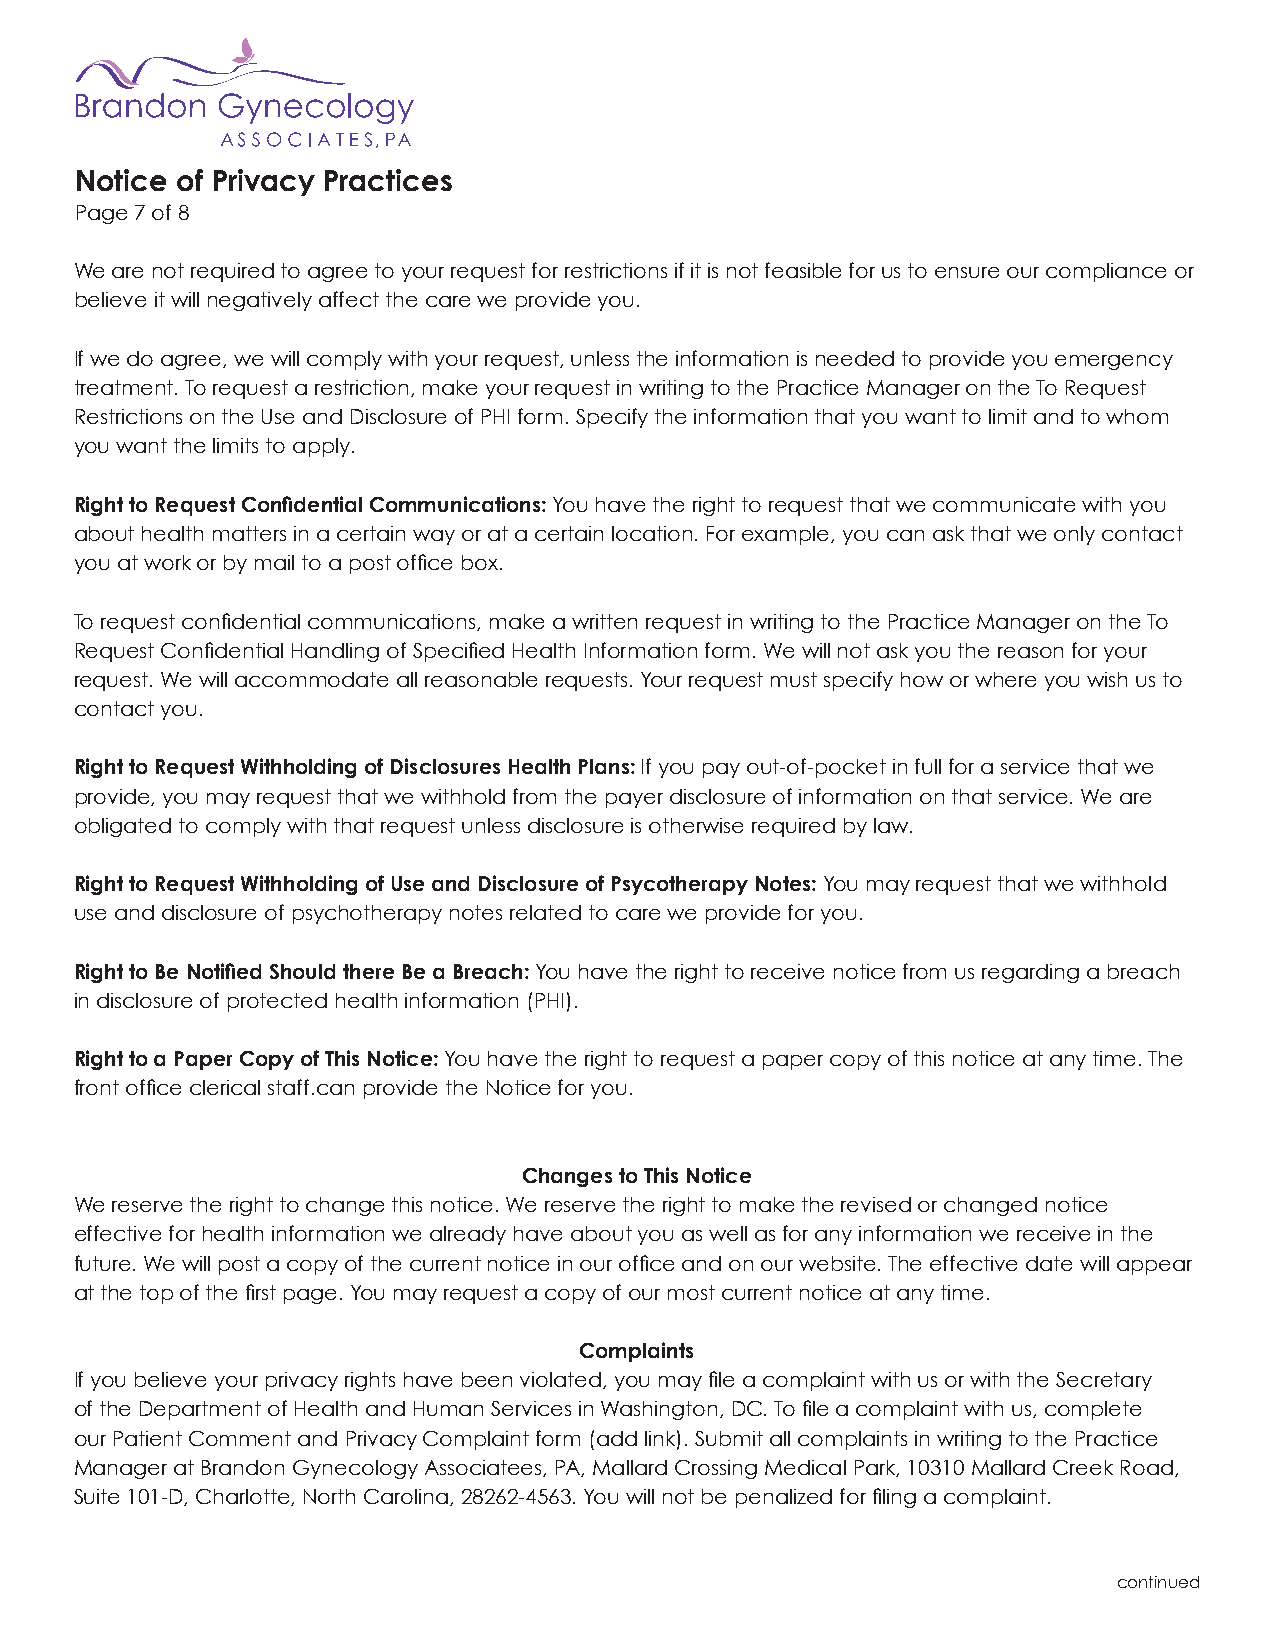
Notice of Privacy Practices
 Page 7 of 8
 We are not required to agree to your request for restrictions if it is not feasible for us to ensure our compliance or
 believe it will negatively affect the care we provide you.
 If we do agree, we will comply with your request, unless the information is needed to provide you emergency
 treatment. To request a restriction, make your request in writing to the Practice Manager on the To Request
 Restrictions on the Use and Disclosure of PHI form. Specify the information that you want to limit and to whom
 you want the limits to apply.
 Right to Request Confidential Communications: You have the right to request that we communicate with you
 about health matters in a certain way or at a certain location. For example, you can ask that we only contact
 you at work or by mail to a post office box.
 To request confidential communications, make a written request in writing to the Practice Manager on the To
 Request Confidential Handling of Specified Health Information form. We will not ask you the reason for your
 request. We will accommodate all reasonable requests. Your request must specify how or where you wish us to
 contact you.
 Right to Request Withholding of Disclosures Health Plans: If you pay out-of-pocket in full for a service that we
 provide, you may request that we withhold from the payer disclosure of information on that service. We are
 obligated to comply with that request unless disclosure is otherwise required by law.
 Right to Request Withholding of Use and Disclosure of Psycotherapy Notes: You may request that we withhold
 use and disclosure of psychotherapy notes related to care we provide for you.
 Right to Be Notified Should there Be a Breach: You have the right to receive notice from us regarding a breach
 in disclosure of protected health information (PHI).
 Right to a Paper Copy of This Notice: You have the right to request a paper copy of this notice at any time. The
 front office clerical staff.can provide the Notice for you.
 Changes to This Notice
 We reserve the right to change this notice. We reserve the right to make the revised or changed notice
 effective for health information we already have about you as well as for any information we receive in the
 future. We will post a copy of the current notice in our office and on our website. The effective date will appear
 at the top of the first page. You may request a copy of our most current notice at any time.
 Complaints
 If you believe your privacy rights have been violated, you may file a complaint with us or with the Secretary
 of the Department of Health and Human Services in Washington, DC. To file a complaint with us, complete
 our Patient Comment and Privacy Complaint form (add link). Submit all complaints in writing to the Practice
 Manager at Brandon Gynecology Associatees, PA, Mallard Crossing Medical Park, 10310 Mallard Creek Road,
 Suite 101-D, Charlotte, North Carolina, 28262-4563. You will not be penalized for filing a complaint.
 continued